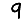
Digit: 9